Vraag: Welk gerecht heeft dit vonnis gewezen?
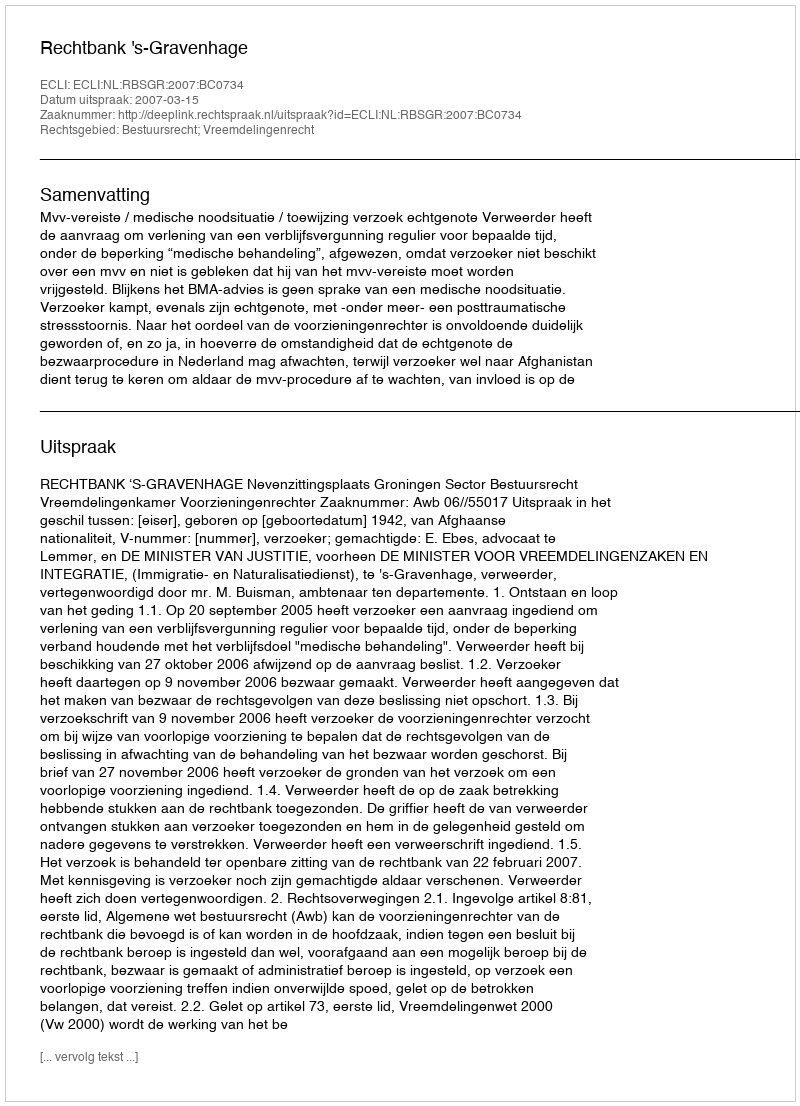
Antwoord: Rechtbank 's-Gravenhage